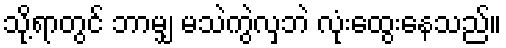
သို့ရာတွင် ဘာမျှ မသဲကွဲလှဘဲ လုံးထွေးနေသည်။